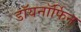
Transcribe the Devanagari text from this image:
डॉयनॉर्फिन